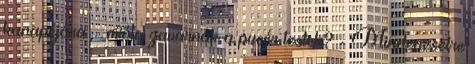
kanapéjára – mióta zavarnak a pucér testek? - Mindenesetre